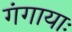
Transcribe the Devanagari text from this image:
गंगायाः